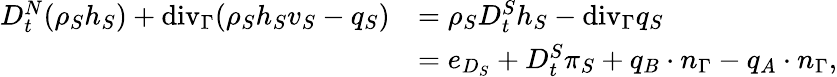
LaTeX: \begin{array}{rl}{D_{t}^{N}(\rho_{S}h_{S})+\mathrm{{div}}_{\Gamma}(\rho_{S}h_{S}v_{S}-q_{S})}&{=\rho_{S}D_{t}^{S}h_{S}-{\mathrm{div}}_{\Gamma}q_{S}}\\ &{=e_{D_{S}}+D_{t}^{S}\pi_{S}+q_{B}\cdot n_{\Gamma}-q_{A}\cdot n_{\Gamma},}\end{array}